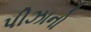
પીઝાનો